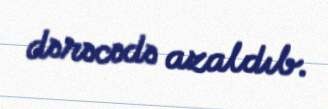
dərəcədə azaldıb.